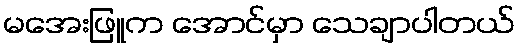
မအေးဖြူက အောင်မှာ သေချာပါတယ်